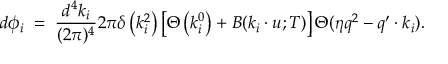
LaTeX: d \phi _ { i } \; = \; { \frac { d ^ { 4 } k _ { i } } { ( 2 \pi ) ^ { 4 } } } 2 \pi \delta \left( k _ { i } ^ { 2 } \right) \left[ \Theta \left( k _ { i } ^ { 0 } \right) + B ( k _ { i } \cdot u ; T ) \right] \Theta ( \eta q ^ { 2 } - q ^ { \prime } \cdot k _ { i } ) .